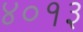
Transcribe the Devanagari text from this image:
४०१३